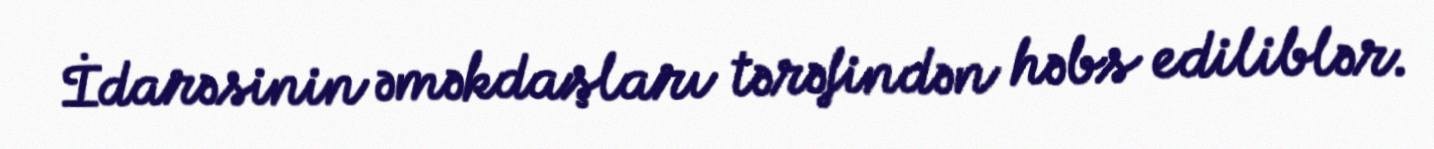
İdarəsinin əməkdaşları tərəfindən həbs ediliblər.